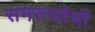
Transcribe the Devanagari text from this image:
समरुपतेची